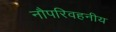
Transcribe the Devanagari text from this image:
नौपरिवहनीय